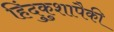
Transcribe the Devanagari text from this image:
हिंदुकुशापैकी